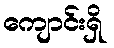
ကျောင်းရှိ